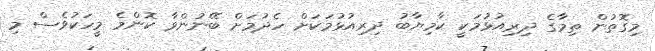
މިގޮތުން ތިމާގެ ދިރިއުޅުމަކީ ކާމިޔާބު ދިރިއުޅުމަކަށް ހެދުމަށް ބޭނުންވާ ކޮންމެ މީހަކުވެސް މި